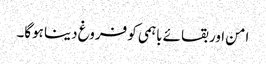
امن اور بقائے باہمی کو فروغ دینا ہوگا۔